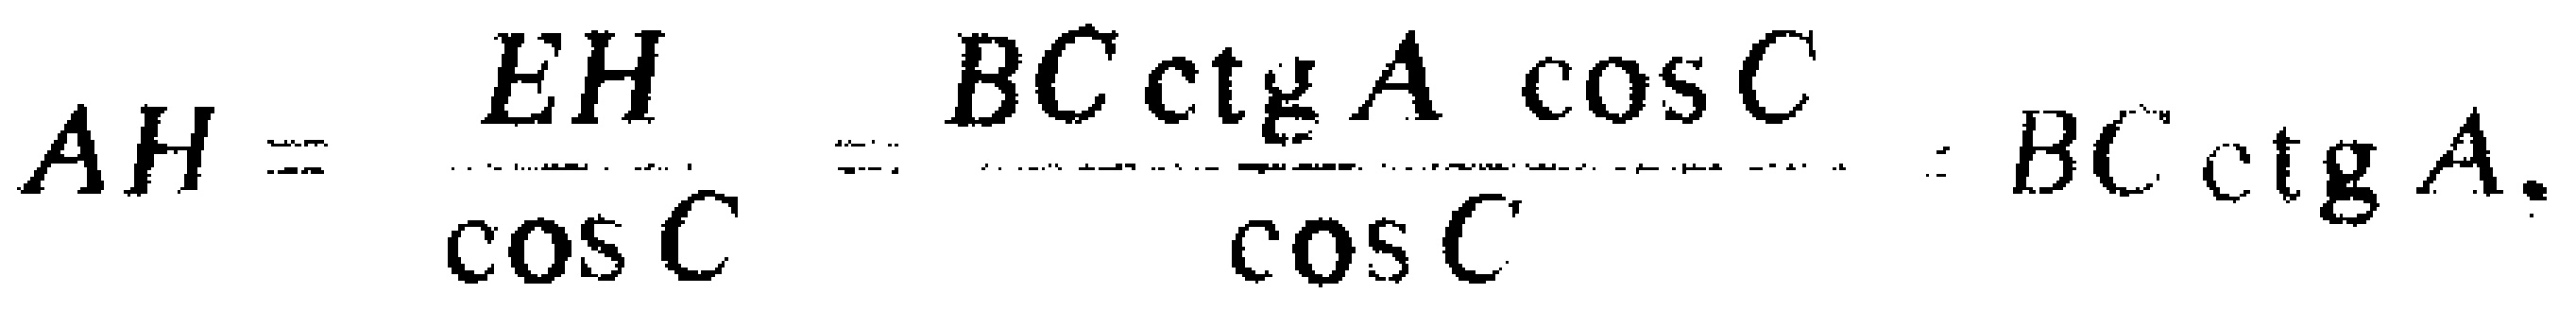
\[AH = \frac{EH}{\cos C}=\frac{BC\ctg A\cos C}{\cos C}=BC\ctg A.\]